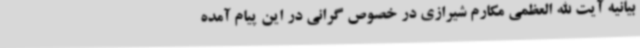
بیانیه آیت الله العظمی مکارم شیرازی در خصوص گرانی در این پیام آمده